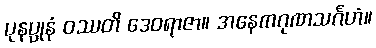
ပုနပ္ပုနံ ဝဿတိ ဒေဝရာဇာ။ အနေကဂုဏသင်္ဂဟံ။